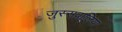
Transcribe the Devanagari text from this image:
जुस्सवालिया